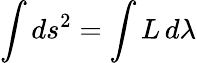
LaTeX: \int ds^{2}=\int L\, d\lambda